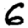
Digit: 6